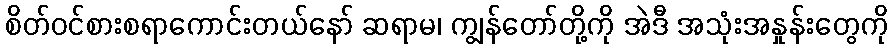
စိတ်ဝင်စားစရာကောင်းတယ်နော် ဆရာမ၊ ကျွန်တော်တို့ကို အဲဒီ အသုံးအနှုန်းတွေကို